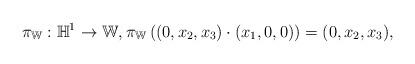
LaTeX: \begin{align*}\pi_{\mathbb{W}}:\mathbb{H}^1 \to \mathbb{W},\pi_{\mathbb{W}}\left((0,x_2,x_3)\cdot (x_1,0,0)\right)=(0,x_2,x_3),\end{align*}